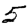
Digit: 5